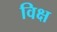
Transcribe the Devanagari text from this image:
विक्ष